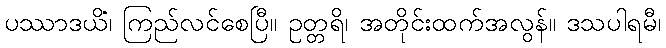
ပဿာဒယိံ၊ ကြည်လင်စေပြီ။ ဥတ္တရိ၊ အတိုင်းထက်အလွန်။ ဒသပါရမီ၊